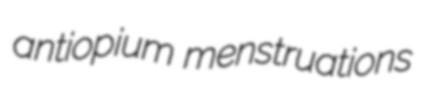
antiopium menstruations